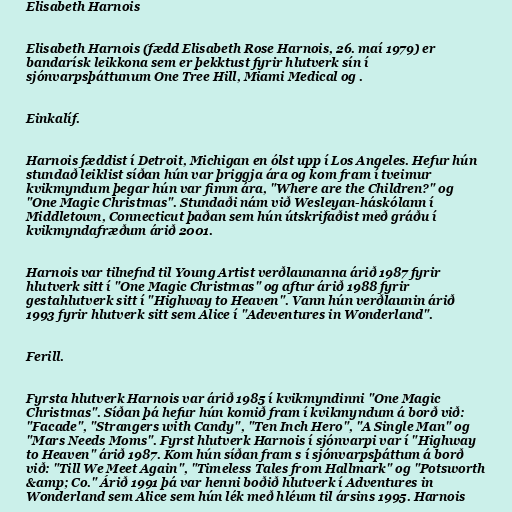
Elisabeth Harnois

Elisabeth Harnois (fædd Elisabeth Rose Harnois, 26. maí 1979) er
bandarísk leikkona sem er þekktust fyrir hlutverk sín í
sjónvarpsþáttunum One Tree Hill, Miami Medical og .

Einkalíf.

Harnois fæddist í Detroit, Michigan en ólst upp í Los Angeles. Hefur hún
stundað leiklist síðan hún var þriggja ára og kom fram í tveimur
kvikmyndum þegar hún var fimm ára, "Where are the Children?" og
"One Magic Christmas". Stundaði nám við Wesleyan-háskólann í
Middletown, Connecticut þaðan sem hún útskrifaðist með gráðu í
kvikmyndafræðum árið 2001.

Harnois var tilnefnd til Young Artist verðlaunanna árið 1987 fyrir
hlutverk sitt í "One Magic Christmas" og aftur árið 1988 fyrir
gestahlutverk sitt í "Highway to Heaven". Vann hún verðlaunin árið
1993 fyrir hlutverk sitt sem Alice í "Adeventures in Wonderland".

Ferill.

Fyrsta hlutverk Harnois var árið 1985 í kvikmyndinni "One Magic
Christmas". Síðan þá hefur hún komið fram í kvikmyndum á borð við:
"Facade", "Strangers with Candy", "Ten Inch Hero", "A Single Man" og
"Mars Needs Moms". Fyrst hlutverk Harnois í sjónvarpi var í "Highway
to Heaven" árið 1987. Kom hún síðan fram s í sjónvarpsþáttum á borð
við: "Till We Meet Again", "Timeless Tales from Hallmark" og "Potsworth
&amp; Co." Árið 1991 þá var henni boðið hlutverk í Adventures in
Wonderland sem Alice sem hún lék með hléum til ársins 1995. Harnois